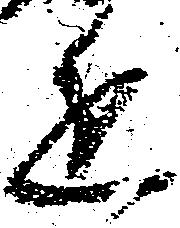
進